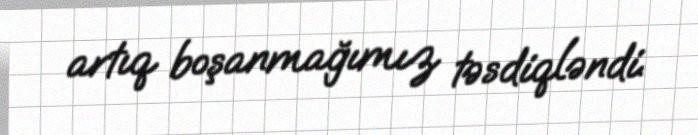
artıq boşanmağımız təsdiqləndi.